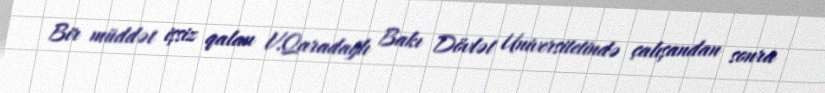
Bir müddət işsiz qalan V.Qaradağlı Bakı Dövlət Universitetində çalışandan sonra